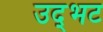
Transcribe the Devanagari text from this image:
उद्‌भट